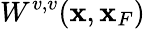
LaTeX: W^{v,v}({\mathbf x},{\mathbf x}_{F})